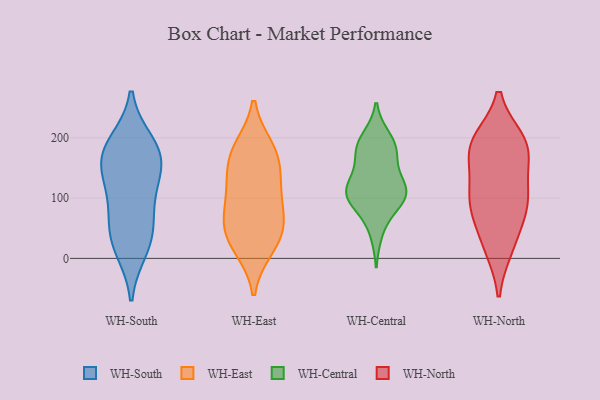
{"axis": {"x": "Humidity (%)", "y": "Value"}, "legend": ["WH-Central", "WH-East", "WH-North", "WH-South"], "data": [{"x": "", "y": 162, "type": "WH-South"}, {"x": "", "y": 146, "type": "WH-South"}, {"x": "", "y": 17, "type": "WH-South"}, {"x": "", "y": 190, "type": "WH-South"}, {"x": "", "y": 109, "type": "WH-South"}, {"x": "", "y": 180, "type": "WH-South"}, {"x": "", "y": 41, "type": "WH-South"}, {"x": "", "y": 167, "type": "WH-South"}, {"x": "", "y": 86, "type": "WH-South"}, {"x": "", "y": 36, "type": "WH-South"}, {"x": "", "y": 21, "type": "WH-East"}, {"x": "", "y": 85, "type": "WH-East"}, {"x": "", "y": 183, "type": "WH-East"}, {"x": "", "y": 174, "type": "WH-East"}, {"x": "", "y": 106, "type": "WH-East"}, {"x": "", "y": 131, "type": "WH-East"}, {"x": "", "y": 136, "type": "WH-East"}, {"x": "", "y": 53, "type": "WH-East"}, {"x": "", "y": 177, "type": "WH-East"}, {"x": "", "y": 17, "type": "WH-East"}, {"x": "", "y": 60, "type": "WH-East"}, {"x": "", "y": 50, "type": "WH-East"}, {"x": "", "y": 131, "type": "WH-Central"}, {"x": "", "y": 176, "type": "WH-Central"}, {"x": "", "y": 110, "type": "WH-Central"}, {"x": "", "y": 43, "type": "WH-Central"}, {"x": "", "y": 165, "type": "WH-Central"}, {"x": "", "y": 89, "type": "WH-Central"}, {"x": "", "y": 192, "type": "WH-Central"}, {"x": "", "y": 182, "type": "WH-Central"}, {"x": "", "y": 200, "type": "WH-Central"}, {"x": "", "y": 113, "type": "WH-Central"}, {"x": "", "y": 89, "type": "WH-Central"}, {"x": "", "y": 119, "type": "WH-Central"}, {"x": "", "y": 105, "type": "WH-Central"}, {"x": "", "y": 109, "type": "WH-Central"}, {"x": "", "y": 194, "type": "WH-North"}, {"x": "", "y": 110, "type": "WH-North"}, {"x": "", "y": 19, "type": "WH-North"}, {"x": "", "y": 187, "type": "WH-North"}, {"x": "", "y": 83, "type": "WH-North"}, {"x": "", "y": 183, "type": "WH-North"}, {"x": "", "y": 24, "type": "WH-North"}, {"x": "", "y": 79, "type": "WH-North"}, {"x": "", "y": 190, "type": "WH-North"}, {"x": "", "y": 92, "type": "WH-North"}, {"x": "", "y": 171, "type": "WH-North"}, {"x": "", "y": 117, "type": "WH-North"}]}